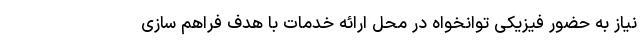
نیاز به حضور فیزیکی توانخواه در محل ارائه خدمات با هدف فراهم سازی